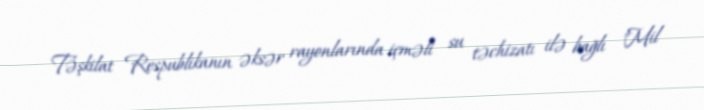
Təşkilat Respublikanın əksər rayonlarında içməli su təchizatı ilə bağlı "Mil